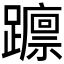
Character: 𮜥